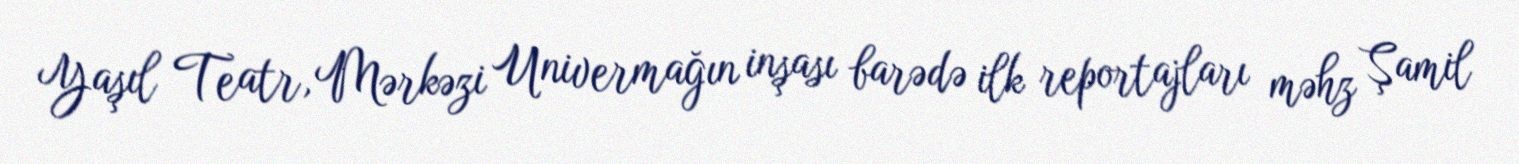
Yaşıl Teatr, Mərkəzi Univermağın inşası barədə ilk reportajları məhz Şamil